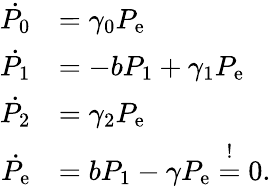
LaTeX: \begin{array}{rl}{\dot{P_{0}}}&{=\gamma_{0}P_{\mathrm{e}}}\\ {\dot{P_{1}}}&{=-bP_{1}+\gamma_{1}P_{\mathrm{e}}}\\ {\dot{P_{2}}}&{=\gamma_{2}P_{\mathrm{e}}}\\ {\dot{P_{\mathrm{e}}}}&{=bP_{1}-\gamma P_{\mathrm{e}}\overset{!}{=}0.}\end{array}